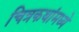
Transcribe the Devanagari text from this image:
चित्रकथांमध्ये